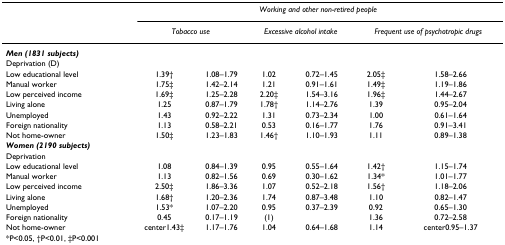
<table><thead><tr><td></td><td colspan="6"><b><i>Working and other non-retired people</i></b></td></tr><tr><td></td><td colspan="2"><b><i>Tobacco use</i></b></td><td colspan="2"><b><i>Excessive alcohol intake</i></b></td><td colspan="2"><b><i>Frequent use of psychotropic drugs</i></b></td></tr></thead><tbody><tr><td><b><i>Men (1831 subjects)</i></b></td><td></td><td></td><td></td><td></td><td></td><td></td></tr><tr><td>Deprivation (D)</td><td></td><td></td><td></td><td></td><td></td><td></td></tr><tr><td>Low educational level</td><td>1.39†</td><td>1.08–1.79</td><td>1.02</td><td>0.72–1.45</td><td>2.05‡</td><td>1.58–2.66</td></tr><tr><td>Manual worker</td><td>1.75‡</td><td>1.42–2.14</td><td>1.21</td><td>0.91–1.61</td><td>1.49‡</td><td>1.19–1.86</td></tr><tr><td>Low perceived income</td><td>1.69‡</td><td>1.25–2.28</td><td>2.20‡</td><td>1.54–3.16</td><td>1.96‡</td><td>1.44–2.67</td></tr><tr><td>Living alone</td><td>1.25</td><td>0.87–1.79</td><td>1.78†</td><td>1.14–2.76</td><td>1.39</td><td>0.95–2.04</td></tr><tr><td>Unemployed</td><td>1.43</td><td>0.92–2.22</td><td>1.31</td><td>0.73–2.34</td><td>1.00</td><td>0.61–1.64</td></tr><tr><td>Foreign nationality</td><td>1.13</td><td>0.58–2.21</td><td>0.53</td><td>0.16–1.77</td><td>1.76</td><td>0.91–3.41</td></tr><tr><td>Not home-owner</td><td>1.50‡</td><td>1.23–1.83</td><td>1.46†</td><td>1.10–1.93</td><td>1.11</td><td>0.89–1.38</td></tr><tr><td><b><i>Women (2190 subjects)</i></b></td><td></td><td></td><td></td><td></td><td></td><td></td></tr><tr><td>Deprivation</td><td></td><td></td><td></td><td></td><td></td><td></td></tr><tr><td>Low educational level</td><td>1.08</td><td>0.84–1.39</td><td>0.95</td><td>0.55–1.64</td><td>1.42†</td><td>1.15–1.74</td></tr><tr><td>Manual worker</td><td>1.13</td><td>0.82–1.56</td><td>0.69</td><td>0.30–1.62</td><td>1.34*</td><td>1.01–1.77</td></tr><tr><td>Low perceived income</td><td>2.50‡</td><td>1.86–3.36</td><td>1.07</td><td>0.52–2.18</td><td>1.56†</td><td>1.18–2.06</td></tr><tr><td>Living alone</td><td>1.68†</td><td>1.20–2.36</td><td>1.74</td><td>0.87–3.48</td><td>1.10</td><td>0.82–1.47</td></tr><tr><td>Unemployed</td><td>1.53*</td><td>1.07–2.20</td><td>0.95</td><td>0.37–2.39</td><td>0.92</td><td>0.65–1.30</td></tr><tr><td>Foreign nationality</td><td>0.45</td><td>0.17–1.19</td><td>(1)</td><td></td><td>1.36</td><td>0.72–2.58</td></tr><tr><td>Not home-owner</td><td>center1.43‡</td><td>1.17–1.76</td><td>1.04</td><td>0.64–1.68</td><td>1.14</td><td>center0.95–1.37</td></tr><tr><td>*P&lt;0.05, †P&lt;0.01, ‡P&lt;0.001</td><td></td><td></td><td></td><td></td><td></td><td></td></tr></tbody></table>